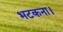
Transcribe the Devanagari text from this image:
भटकना।